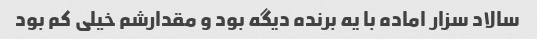
سالاد سزار اماده با یه برنده دیگه بود و مقدارشم خیلی کم بود